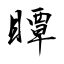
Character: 瞫